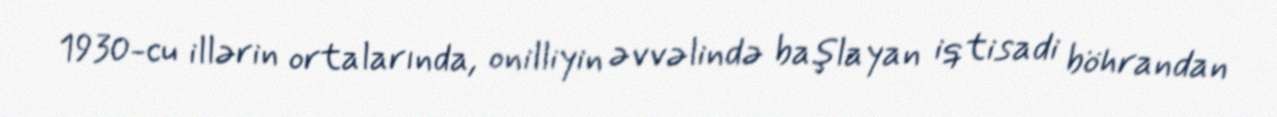
1930-cu illərin ortalarında, onilliyin əvvəlində başlayan iqtisadi böhrandan